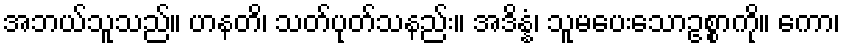
အဘယ်သူသည်။ ဟနတိ၊ သတ်ပုတ်သနည်း။ အဒိန္နံ၊ သူမပေးသောဥစ္စာကို။ ကော၊